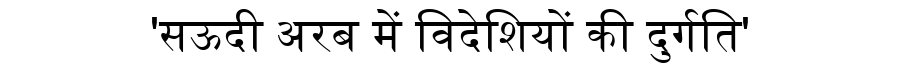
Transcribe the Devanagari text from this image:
'सऊदी अरब में विदेशियों की दुर्गति'